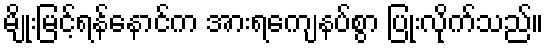
မျိုးမြင့်ရန်နောင်က အားရကျေနပ်စွာ ပြုံးလိုက်သည်။